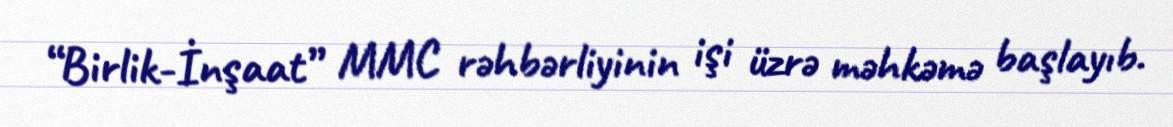
“Birlik-İnşaat” MMC rəhbərliyinin işi üzrə məhkəmə başlayıb.